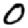
Digit: 0